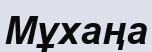
Мұхаңа